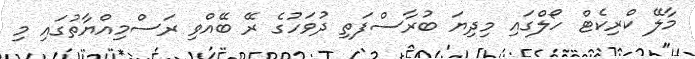
މާލޭ ކްރިކެޓް ހޯލްގައި މިދިޔަ ބުރާސްފަތި ދުވަހުގެ ރޭ ބޭއްވި ރަސްމިއްޔާތުގައި މި